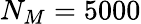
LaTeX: N_{M}=5000